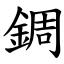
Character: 錭